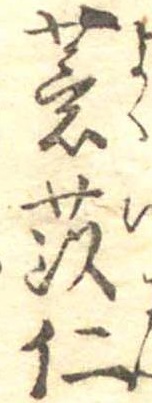
薏苡仁